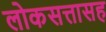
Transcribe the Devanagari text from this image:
लोकसत्तासह